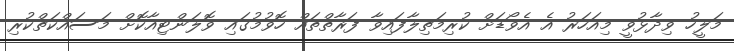
މަލީހު ވިދާޅުވީ މިއަހަރު އެ އެވޯޑަށް ކުރިމަތިލާފައިވާ ފަރާތްތައް ހޮވުމުގައި ވޮލަންޓިއާކޮށް މަސައްކަތްކުރި